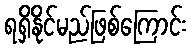
ရရှိနိုင်မည်ဖြစ်ကြောင်း